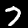
Digit: 7